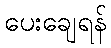
ပေးချေရန်